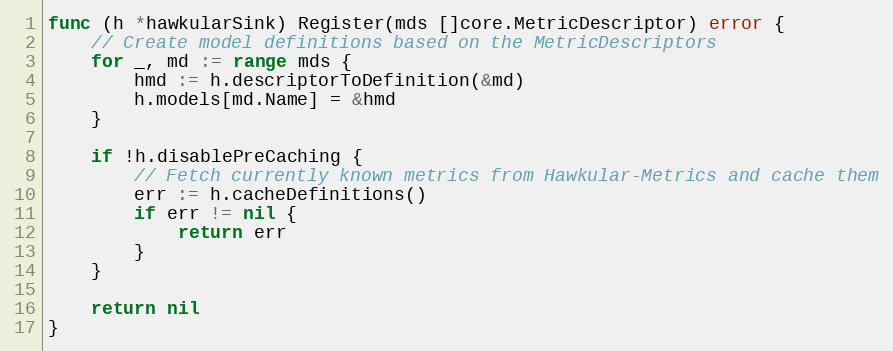
Language: Go
func (h *hawkularSink) Register(mds []core.MetricDescriptor) error {
	// Create model definitions based on the MetricDescriptors
	for _, md := range mds {
		hmd := h.descriptorToDefinition(&md)
		h.models[md.Name] = &hmd
	}

	if !h.disablePreCaching {
		// Fetch currently known metrics from Hawkular-Metrics and cache them
		err := h.cacheDefinitions()
		if err != nil {
			return err
		}
	}

	return nil
}